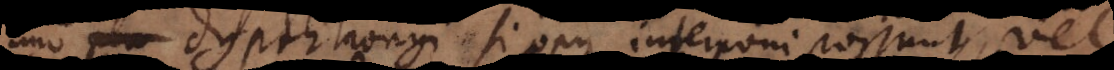
dyphthongi si opus interponi possunt, vel